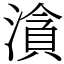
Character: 㵅